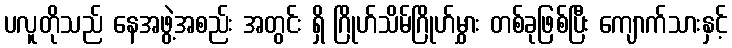
ပလူတိုသည် နေအဖွဲ့အစည်း အတွင်း ရှိ ဂြိုဟ်သိမ်ဂြိုဟ်မွှား တစ်ခုဖြစ်ပြီး ကျောက်သားနှင့်